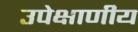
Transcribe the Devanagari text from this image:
उपेक्षाणीय